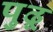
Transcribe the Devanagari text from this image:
पुढू